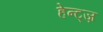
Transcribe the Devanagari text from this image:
हेन्ट्ज़